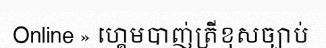
Online » ហ្គេមបាញ់ត្រីខុសច្បាប់